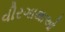
વીરગાથાઓ